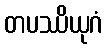
တပဿိယုဂံ